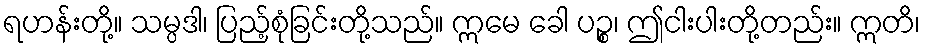
ရဟန်းတို့။ သမ္ပဒါ၊ ပြည့်စုံခြင်းတို့သည်။ ဣမေ ခေါ ပဉ္စ၊ ဤငါးပါးတို့တည်း။ ဣတိ၊